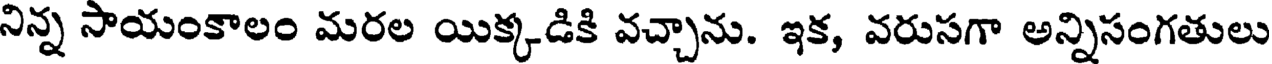
నిన్న సాయంకాలం మరల యిక్కడికి వచ్చాను. ఇక, వరుసగా అన్నిసంగతులు